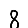
Digit: 8